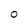
Character: 0